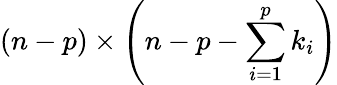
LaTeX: (n-p)\times\left(n-p-\sum_{i=1}^{p}k_{i}\right)